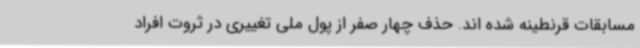
مسابقات قرنطینه شده اند. حذف چهار صفر از پول ملی تغییری در ثروت افراد